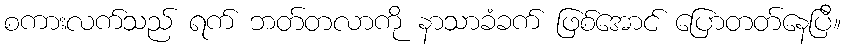
စကားလက်သည် ရက် ဘတ်တလာကို နာသာခံခက် ဖြစ်အောင် ပြောတတ်နေပြီ။